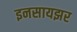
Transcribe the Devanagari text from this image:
इनसायझर